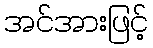
အင်အားဖြင့်